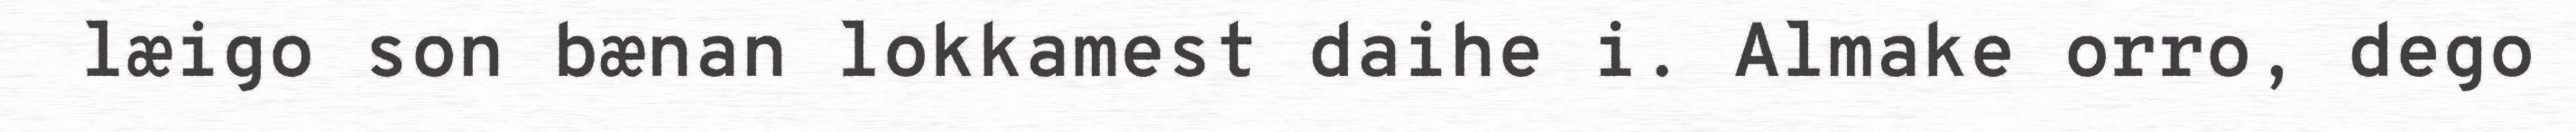
læigo son bænan lokkamest daihe i. Almake orro, dego